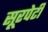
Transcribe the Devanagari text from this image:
सूरपेटी